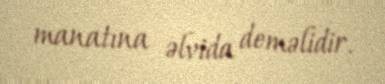
manatına əlvida deməlidir.